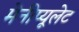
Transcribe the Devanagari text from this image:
मेनीप्यूलेट